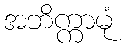
အဘိက္ကာမုံ